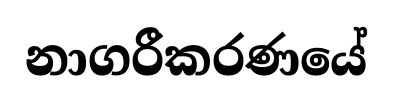
නාගරීකරණයේ